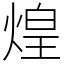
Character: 煌